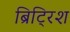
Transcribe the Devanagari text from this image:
ब्रिट्रिश